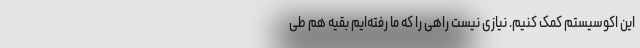
این اکوسیستم کمک کنیم. نیازی نیست راهی را که ما رفته‌ایم بقیه هم طی